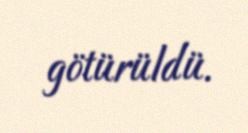
götürüldü.